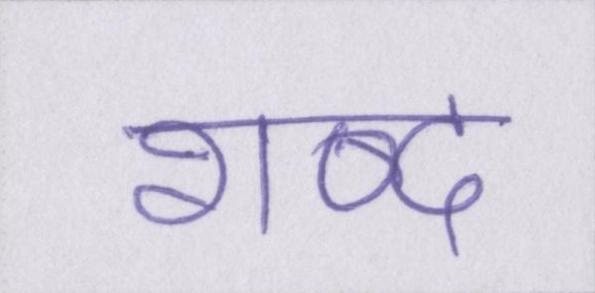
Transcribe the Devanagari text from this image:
शब्द